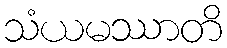
သံယမဿာတိ